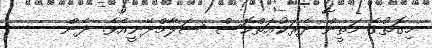
މިގޮތުގެ މަތީން ދެރަކުޢަތްކޮސް ސަލާމްދޭނީއެވެ. ދެން